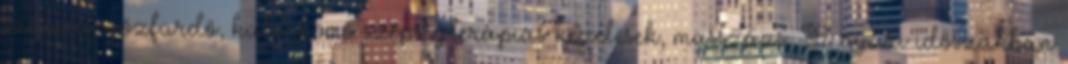
szauna, gőzfürdő, különböző szépségterápiás kezelések, masszázs. A nyári időszakban